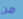
من